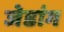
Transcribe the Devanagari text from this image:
जेडांग